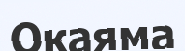
Окаяма